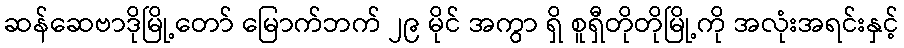
ဆန်ဆေဗာဒိုမြို့တော် မြောက်ဘက် ၂၉ မိုင် အကွာ ရှိ စူရှီတိုတိုမြို့ကို အလုံးအရင်းနှင့်